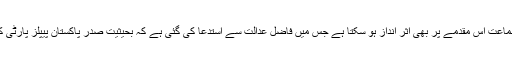
قانونی ماہرین کا خیال ہے کہ عدلیہ کا یہ فیصلہ لاہور ہائی کورٹ میں زیر سماعت اس مقدمے پر بھی اثر انداز ہو سکتا ہے جس میں فاضل عدالت سے استدعا کی گئی ہے کہ بحیثیت صدر پاکستان پیپلز پارٹی کے شریک چیئرمین آصف علی زدراری بیک وقت دو عہدے نہیں رکھ سکتے۔